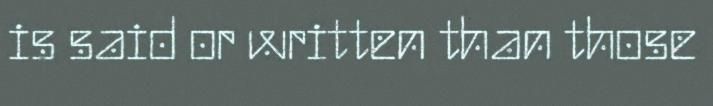
is said or written than those